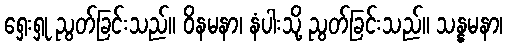
ရှေးရှု ညွတ်ခြင်းသည်။ ဝိနမနာ၊ နံပါးသို့ ညွတ်ခြင်းသည်။ သန္နမနာ၊